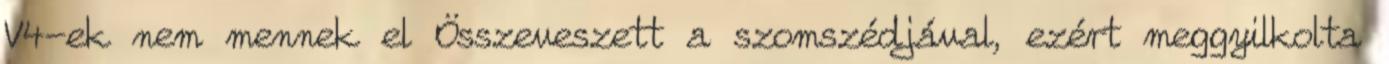
V4-ek nem mennek el Összeveszett a szomszédjával, ezért meggyilkolta